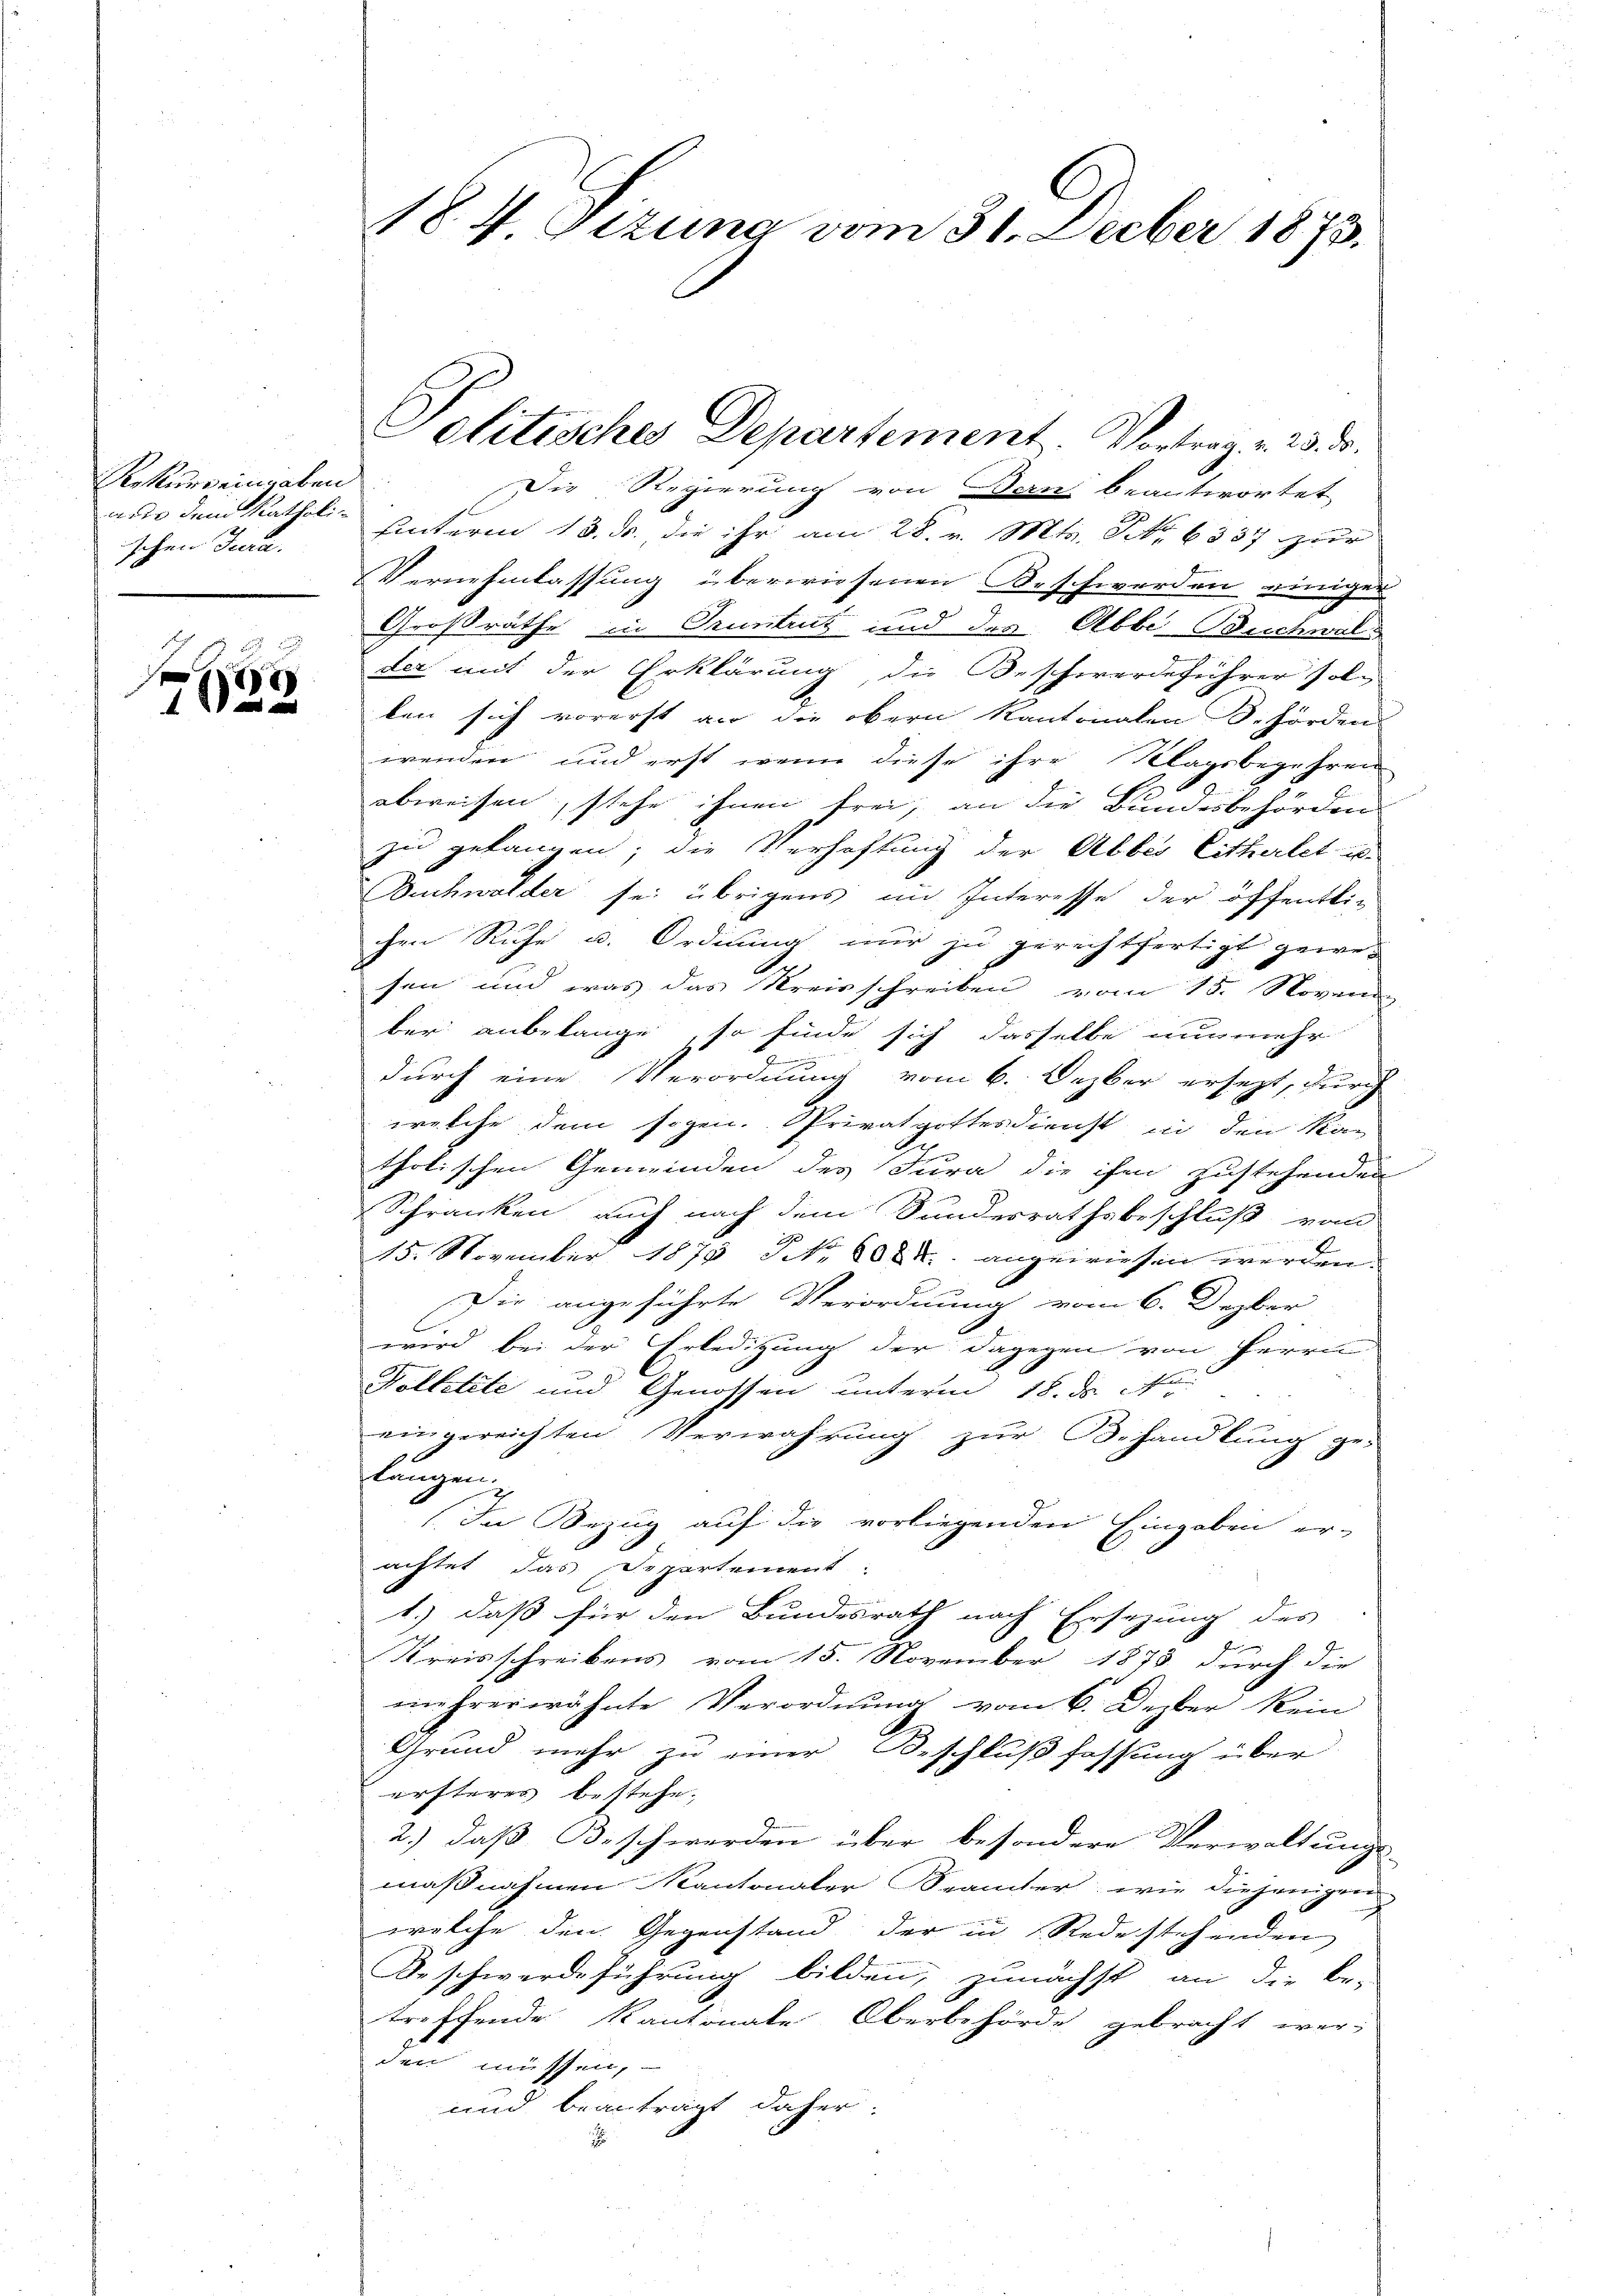
Rekurs eingaben
aus dem Katholischen Jura.

)
1 ein

C
184 Gizung vom 31. Decber 1873.

Die Regierung von Bern beantwortet
uinterm 13. d. die ihr am 28. v. Mts. No. 337 zur
Vernehmlassung überwiesenen Beschwerden einiger
Großräthe in Pruntrut und der Abbe Buchwald
der mit der Erklärung, die Beschwerdeführer solben sich vorerst vor die obern Kantonalen Behörden
wenden und erst wenn diese ihre Klagsbegehren
abweisen, stehe ihnen frei, an die Bundesbehörden
zu gelangen; die Verhaftung der Abbes Citherlet is
Buchwalder sei übrigens im Interesse der öffentli-
chen Ruhe u. Ordnung nur zu gerechtfertigt gewe-
sen und was das Kreisschreiben vom 15. Novem
ber anbelange, so finde sich dasselbe nunmehr
n
durch eine Verordnung vom 6. Dezber ersezt, durch
welche dem sogen. Privatgottesdienst in den Kan
tholischen Gemeinden des Jura die ihm zustehenden
Schranken auch nach dem Sandesrathsbeschluß von
15. November 1879 NNo. 808 angewiesen werden.
Die angeführte Verordnung vom 6. Dezber
wird bei der Erledigung der dagegen von Herren
Volletete und Genossen unterm 18. ds. No.
eingereichten Verwahrung zur Behandlung ge-
längen.
In Tring auf die vorliegenden Eingaben er-
achtet das Departement.
t.) daß für den Bundesrath nach Ersezung des
e
Kreisschreibens vom 15. November 1873 durch die
mehrerwähnte Verordnung vom 6. Dezber kein
Grund mehr zu einer Beschlußfassung über
ersteres bestehe.
2.) daß Beschwerden über besondere Verwaltungs-
maßnahmen Kantonaler Spämter wie diejenigen
welche den Gegenstand der in Redestehenden
Beschwerdeführung bilden, zunächst an die be-
treffende Kantonale Oberbehörde gebracht wer-
den müssen,
und beanträgt daher.
.

Politisches Departement. Vortrag v. 23. ds.